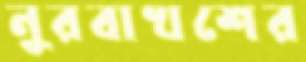
নুরবাখশের